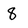
Character: 8